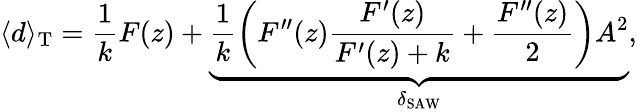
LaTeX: \langle d\rangle_{\mathrm{T}}=\frac{1}{k}F(z)+\underbrace{\frac{1}{k}\left(F^{\prime\prime}(z)\frac{F^{\prime}(z)}{F^{\prime}(z)+k}+\frac{F^{\prime\prime}(z)}{2}\right)A^{2}}_{\delta_{\mathrm{SAW}}},